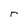
Character: r